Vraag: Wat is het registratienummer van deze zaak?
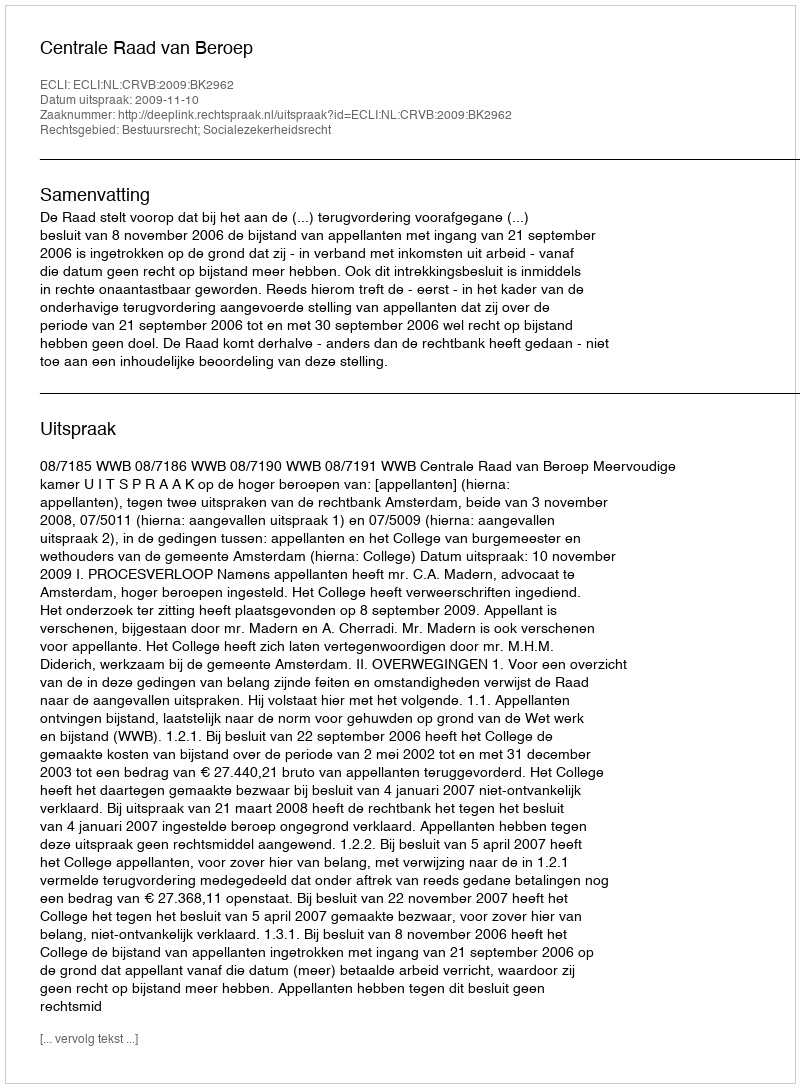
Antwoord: http://deeplink.rechtspraak.nl/uitspraak?id=ECLI:NL:CRVB:2009:BK2962